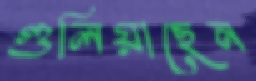
গুলিয়াছেন